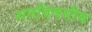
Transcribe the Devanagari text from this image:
शतदिवसीय